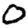
Digit: 0